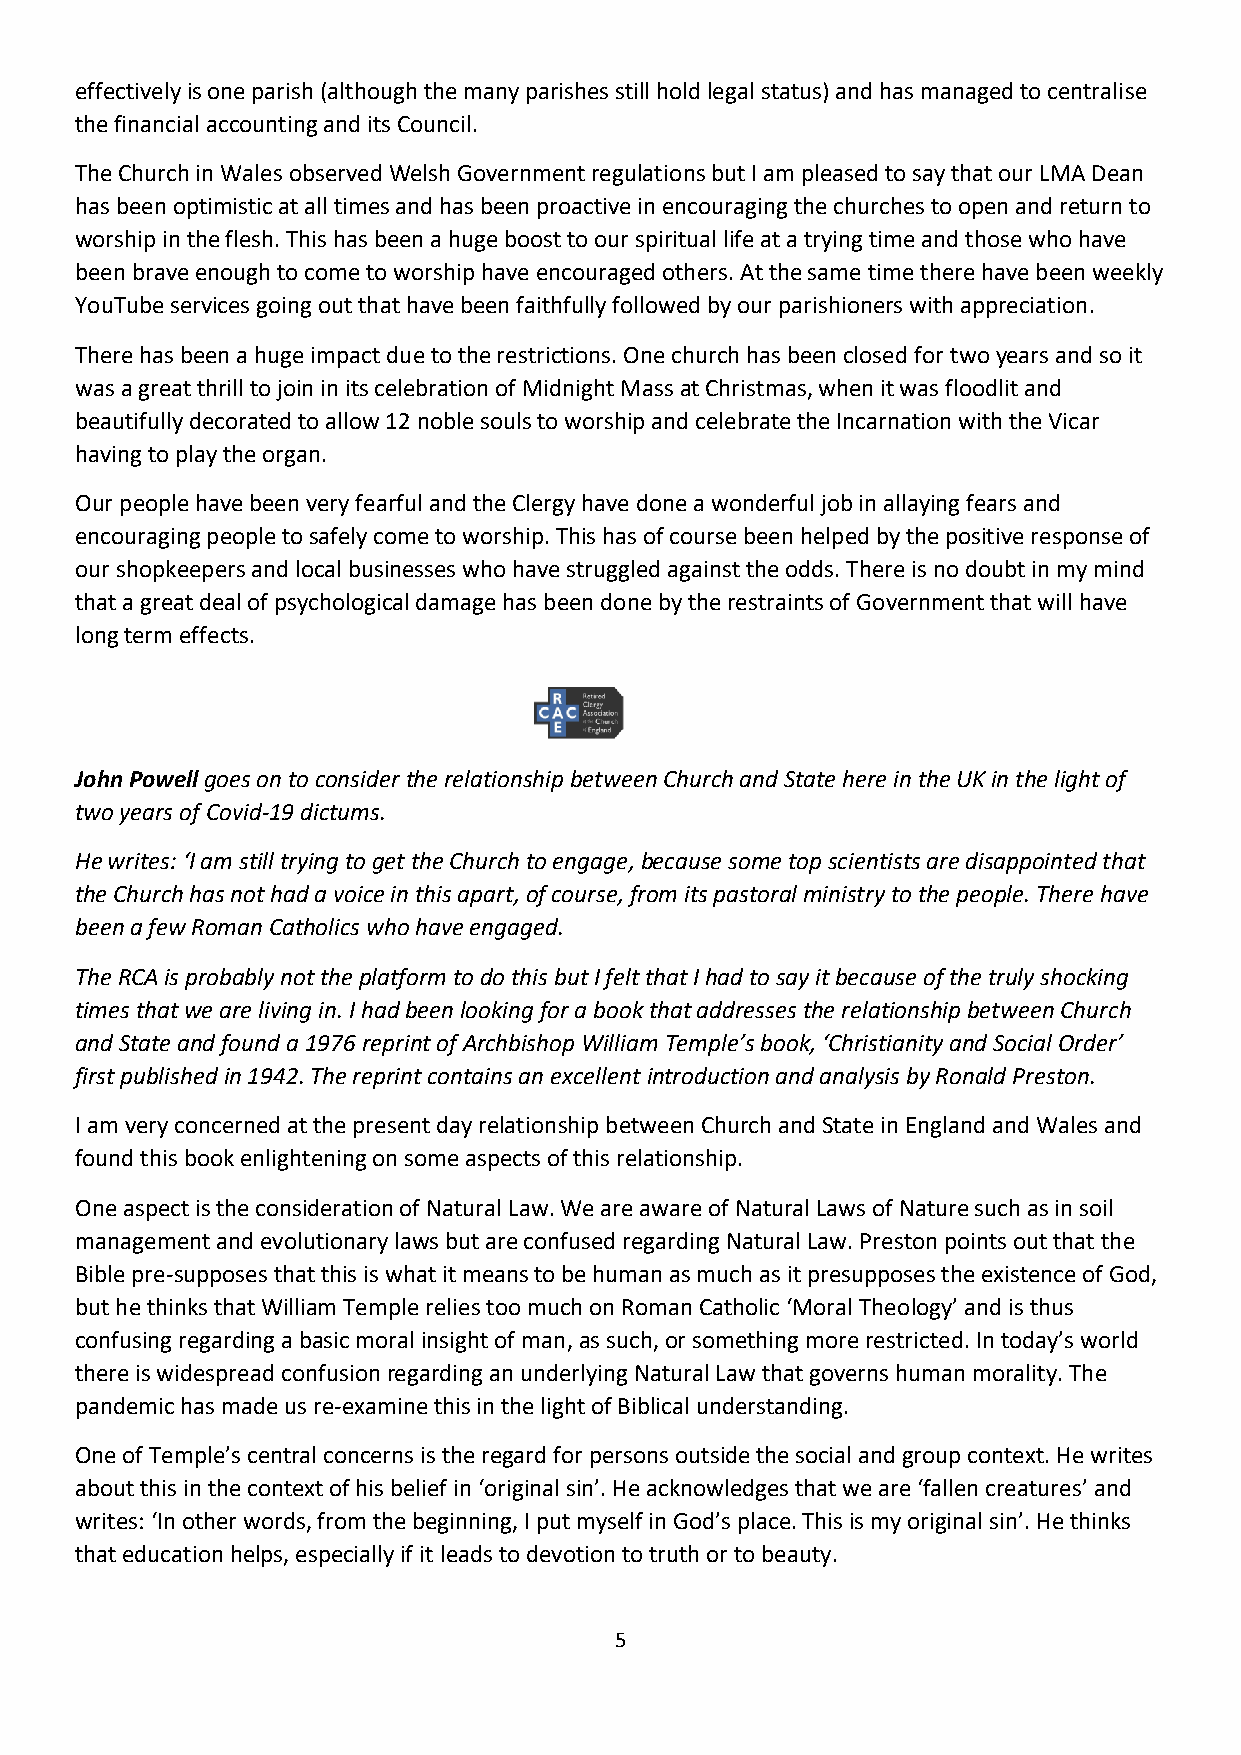
effectively is one parish (although the many parishes still hold legal status) and has managed to centralise
 the financial accounting and its Council.
 The Church in Wales observed Welsh Government regulations but I am pleased to say that our LMA Dean
 has been optimistic at all times and has been proactive in encouraging the churches to open and return to
 worship in the flesh. This has been a huge boost to our spiritual life at a trying time and those who have
 been brave enough to come to worship have encouraged others. At the same time there have been weekly
 YouTube services going out that have been faithfully followed by our parishioners with appreciation.
 There has been a huge impact due to the restrictions. One church has been closed for two years and so it
 was a great thrill to join in its celebration of Midnight Mass at Christmas, when it was floodlit and
 beautifully decorated to allow 12 noble souls to worship and celebrate the Incarnation with the Vicar
 having to play the organ.
 Our people have been very fearful and the Clergy have done a wonderful job in allaying fears and
 encouraging people to safely come to worship. This has of course been helped by the positive response of
 our shopkeepers and local businesses who have struggled against the odds. There is no doubt in my mind
 that a great deal of psychological damage has been done by the restraints of Government that will have
 long term effects.
 John Powell goes on to consider the relationship between Church and State here in the UK in the light of
 two years of Covid-19 dictums.
 He writes: ‘I am still trying to get the Church to engage, because some top scientists are disappointed that
 the Church has not had a voice in this apart, of course, from its pastoral ministry to the people. There have
 been a few Roman Catholics who have engaged.
 The RCA is probably not the platform to do this but I felt that I had to say it because of the truly shocking
 times that we are living in. I had been looking for a book that addresses the relationship between Church
 and State and found a 1976 reprint of Archbishop William Temple’s book, ‘Christianity and Social Order’
 first published in 1942. The reprint contains an excellent introduction and analysis by Ronald Preston.
 I am very concerned at the present day relationship between Church and State in England and Wales and
 found this book enlightening on some aspects of this relationship.
 One aspect is the consideration of Natural Law. We are aware of Natural Laws of Nature such as in soil
 management and evolutionary laws but are confused regarding Natural Law. Preston points out that the
 Bible pre-supposes that this is what it means to be human as much as it presupposes the existence of God,
 but he thinks that William Temple relies too much on Roman Catholic ‘Moral Theology’ and is thus
 confusing regarding a basic moral insight of man, as such, or something more restricted. In today’s world
 there is widespread confusion regarding an underlying Natural Law that governs human morality. The
 pandemic has made us re-examine this in the light of Biblical understanding.
 One of Temple’s central concerns is the regard for persons outside the social and group context. He writes
 about this in the context of his belief in ‘original sin’. He acknowledges that we are ‘fallen creatures’ and
 writes: ‘In other words, from the beginning, I put myself in God’s place. This is my original sin’. He thinks
 that education helps, especially if it leads to devotion to truth or to beauty.
 5